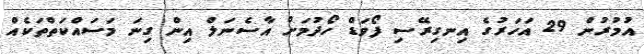
އުމުރުން 29 އަހަރުގެ އިނގިރޭސި ފޯވަޑް ހޯދުމަށް އާސެނަލް އިން ގިނަ މަސައްކަތްތަކެއް